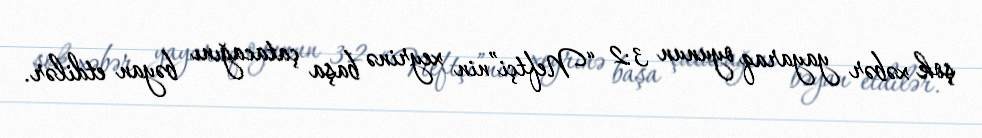
şok xəbər yayaraq oyunun 3:2 “Neftçi”nin xeyrinə başa çatacağını bəyan etdilər.